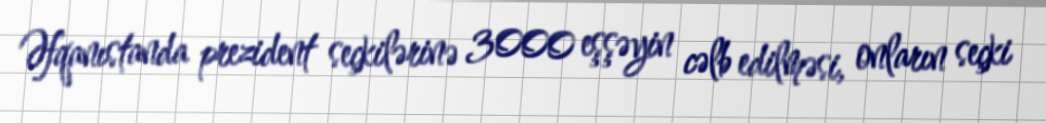
Əfqanıstanda prezident seçkilərinə 3000 eşşəyin cəlb edilməsi, onların seçki